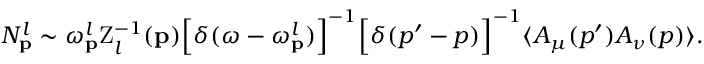
N _ { { \bf p } } ^ { l } \sim \omega _ { { \bf p } } ^ { l } \mathrm { Z } _ { l } ^ { - 1 } ( { \bf p } ) \Bigl [ \delta ( \omega - \omega _ { { \bf p } } ^ { l } ) \Bigr ] ^ { - 1 } \Bigl [ \delta ( p ^ { \prime } - p ) \Bigr ] ^ { - 1 } \langle A _ { \mu } ( p ^ { \prime } ) A _ { \nu } ( p ) \rangle .